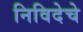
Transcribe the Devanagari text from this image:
निविदेचे